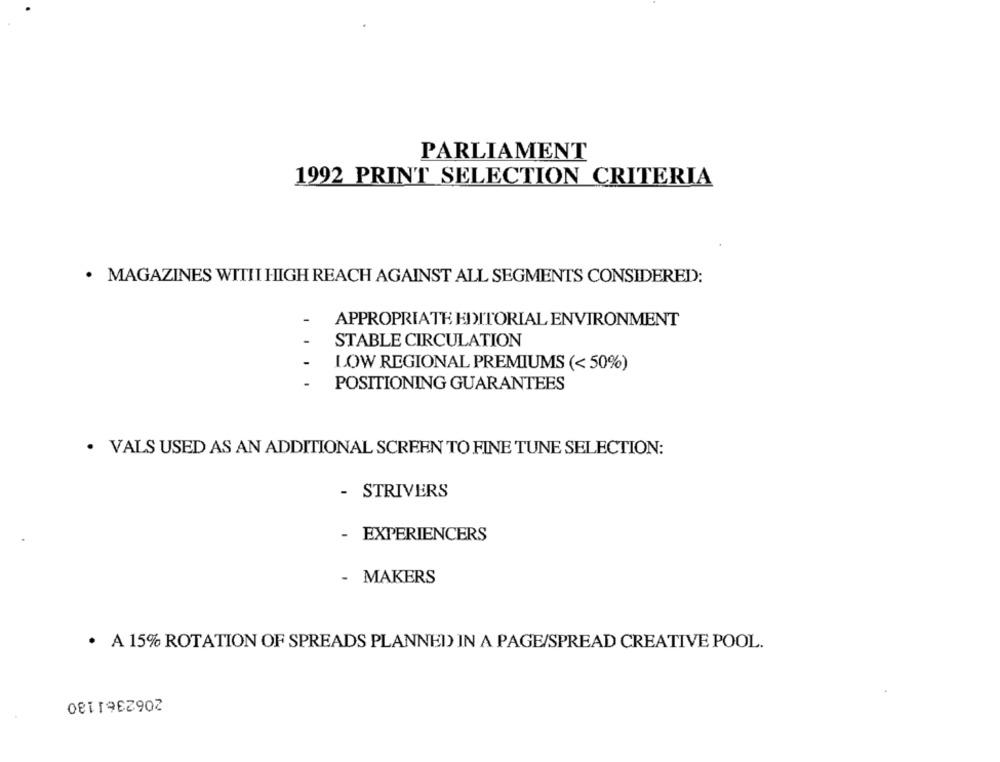
PARLIAMENT
1992 PRINT SELECTION CRITERIA
· MAGAZINES WITII HIGH REACH AGAINST ALL SEGMENTS CONSIDERED:
APPROPRIATE EDITORIAL ENVIRONMENT
STABLE CIRCULATION
LOW REGIONAL PREMIUMS (< 50%)
....
POSITIONING GUARANTEES
. VALS USED AS AN ADDITIONAL SCREEN TO FINE TUNE SELECTION:
- STRIVERS
- EXPERIENCERS
- MAKERS
· A 15% ROTATION OF SPREADS PLANNED) IN A PAGE/SPREAD CREATIVE POOL.
2062361130